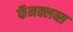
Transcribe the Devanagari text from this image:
फॅनक्लब्स